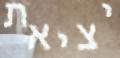
יציאת